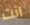
انت